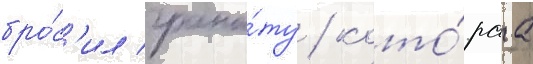
бро́с'ил грана́ту / кото́раа